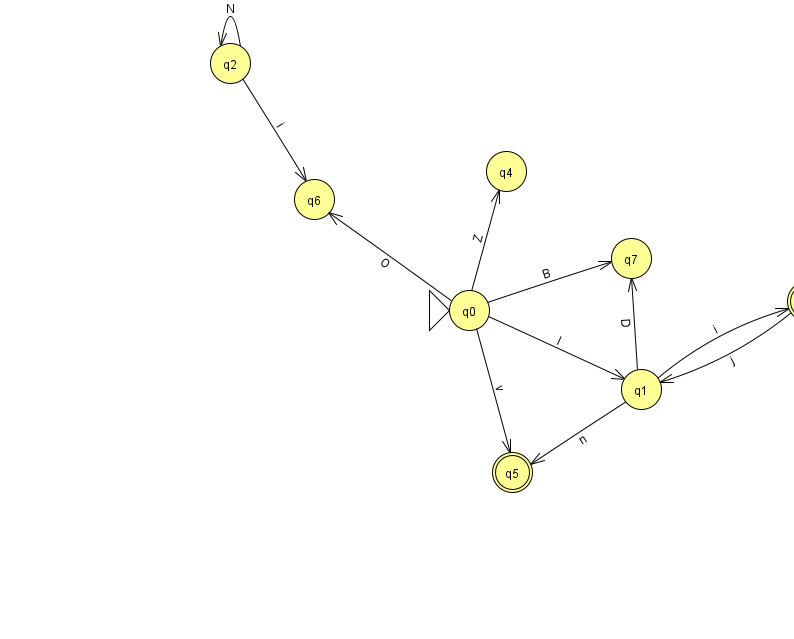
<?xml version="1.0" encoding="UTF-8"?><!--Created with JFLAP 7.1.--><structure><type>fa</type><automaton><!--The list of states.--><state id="0" name="q0"><x>469.0</x><y>297.0</y><initial/></state><state id="1" name="q1"><x>641.0</x><y>376.0</y></state><state id="2" name="q2"><x>230.0</x><y>50.0</y></state><state id="3" name="q3"><x>807.0</x><y>288.0</y><final/></state><state id="4" name="q4"><x>506.0</x><y>158.0</y></state><state id="5" name="q5"><x>512.0</x><y>459.0</y><final/></state><state id="6" name="q6"><x>314.0</x><y>186.0</y></state><state id="7" name="q7"><x>631.0</x><y>245.0</y></state><!--The list of transitions.--><transition><from>1</from><to>7</to><read>D</read></transition><transition><from>1</from><to>3</to><read>i</read></transition><transition><from>3</from><to>1</to><read>j</read></transition><transition><from>0</from><to>6</to><read>O</read></transition><transition><from>0</from><to>7</to><read>B</read></transition><transition><from>1</from><to>5</to><read>n</read></transition><transition><from>0</from><to>4</to><read>Z</read></transition><transition><from>2</from><to>6</to><read>i</read></transition><transition><from>0</from><to>1</to><read>I</read></transition><transition><from>0</from><to>5</to><read>v</read></transition><transition><from>2</from><to>2</to><read>N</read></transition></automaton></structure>